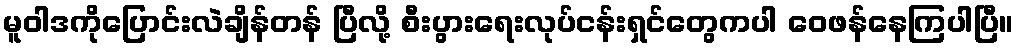
မူဝါဒကိုပြောင်းလဲချိန်တန် ပြီလို့ စီးပွားရေးလုပ်ငန်းရှင်တွေကပါ ဝေဖန်နေကြပါပြီ။